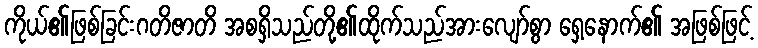
ကိုယ်၏ဖြစ်ခြင်းဂတိဇာတိ အစရှိသည်တို့၏ထိုက်သည်အားလျော်စွာ ရှေ့နောက်၏ အဖြစ်ဖြင့်